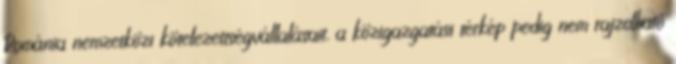
Románia nemzetközi kötelezettségvállalásait, a közigazgatási térkép pedig nem rajzolható